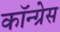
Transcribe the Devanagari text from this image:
कॉन्‍ग्रेस